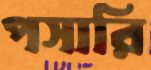
পসারি